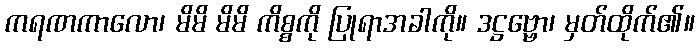
ကရဏကာလော၊ မိမိ မိမိ ကိစ္စကို ပြုရာအခါကို။ ဒဋ္ဌဗ္ဗော၊ မှတ်ထိုက်၏။